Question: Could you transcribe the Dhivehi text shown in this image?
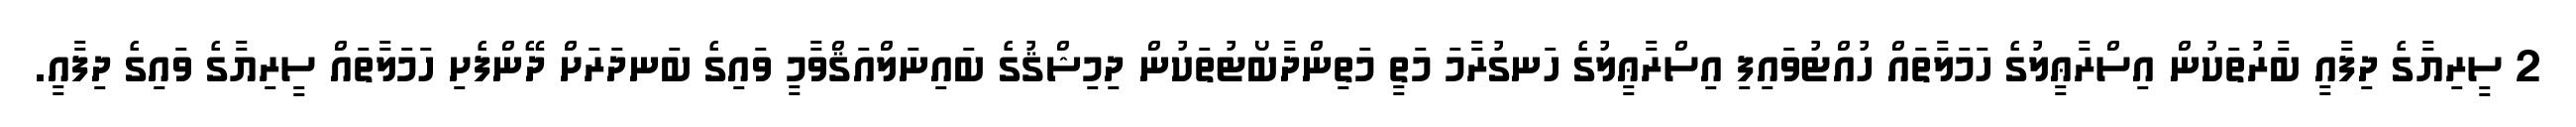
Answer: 2 ސީރިޔާގެ ދިފާއީ ބާރުތަކުން އިސްރާޢީލުގެ ހަމަލާތައް ހުއްޓުވައިފި އިސްރާޢީލުގެ ހަނގުރާމަ މަތީ މަތިންދާބޯޓުތަކުން ދިމިޝްޤުގެ ބައިނަލްއަޤްވާމީ ވައިގެ ބަނދަރަށް ދޭންފެށި ހަމަލާތައް ސީރިޔާގެ ވައިގެ ދިފާއީ.